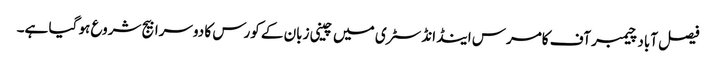
فیصل آباد چیمبر آف کامرس اینڈ انڈسٹری میں چینی زبان کے کورس کا دوسرا بیج شروع ہو گیا ہے۔